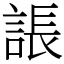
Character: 䛫